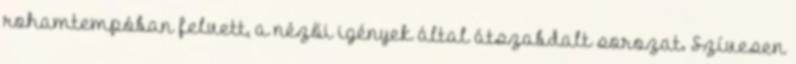
rohamtempóban felvett, a nézői igények által átszabdalt sorozat. Szívesen